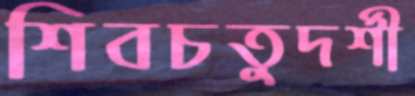
শিবচতুদর্শী